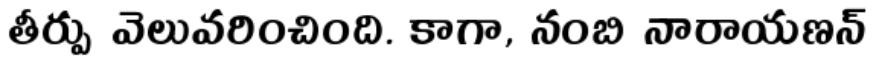
తీర్పు వెలువరించింది. కాగా, నంబి నారాయణన్